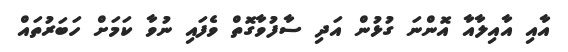
އާއި އާއިލާއާ އޮންނަ ގުޅުން އަދި ސާފުވާގޮތް ވެފައި ނުވާ ކަމަށް ހަބަރުތައް